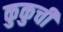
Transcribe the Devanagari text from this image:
कुकुची